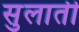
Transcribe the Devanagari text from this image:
सुलाती